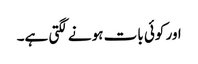
اور کوئی بات ہونے لگتی ہے۔